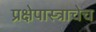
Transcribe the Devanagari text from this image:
प्रक्षेपास्त्राचेच